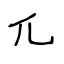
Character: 兀